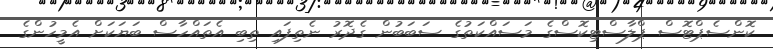
ކޮންސެޕްޓޮސް ޕްލާސްޓިކޮސްގެ މަސައްކަތުގެ ސަބަބުން ގެދޮރު ނެތިފައި ތިބި އެތައްހާސް ބަޔަކަށް އެމީހުންގެ